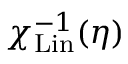
\chi _ { \mathrm { L i n } } ^ { - 1 } ( \eta )